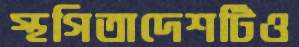
স্থগিতাদেশটিও